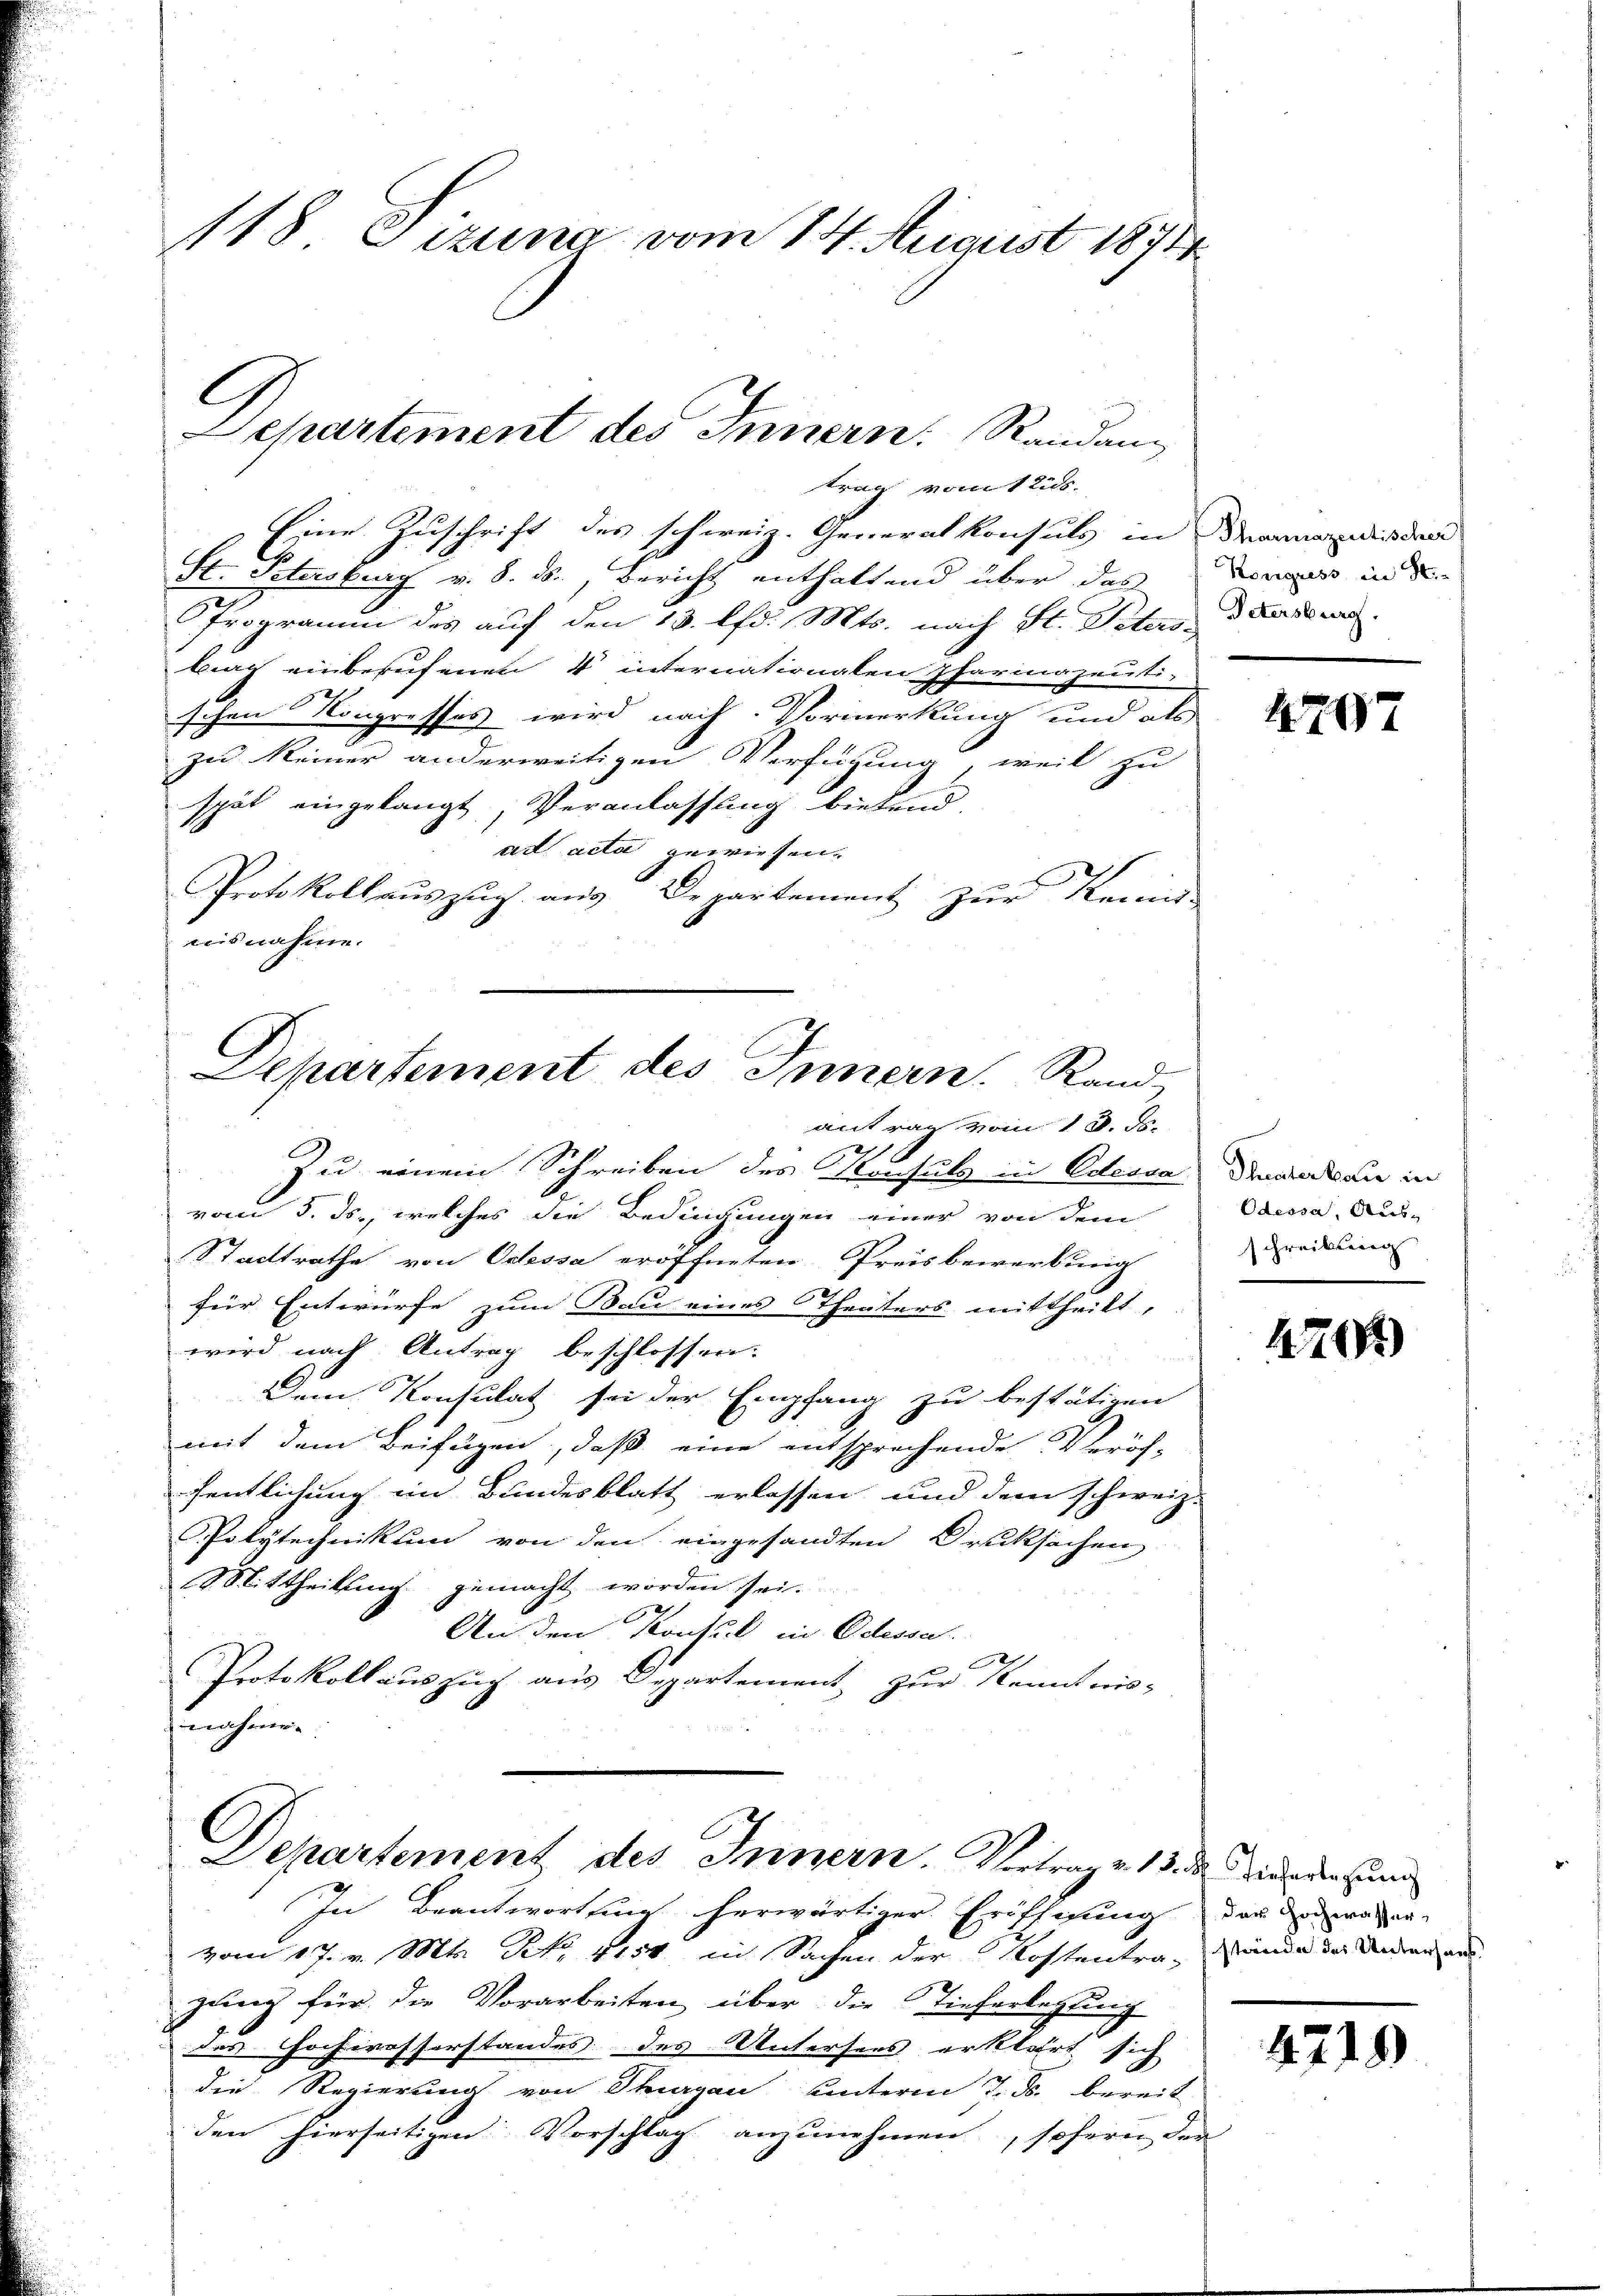
118 Sizung vom 14. August 1871

trag vom 12 ds.
Eine Zuschrift des schweiz. Generalkonsuls in Dranges den
St. Petersburg v. 8. ds., Bericht enthaltend über das Dower in de
Programm des auf den 13. lfd. Mts. nach St. Peters dieser
brag einberufenen 4 internationalen Pharinazeutischen Kongresses wird nach Vormerkung und als
zu keiner anderweitigen Verfügung, weil zu
spät eingelangt, Veranlassung bietend
ad acta gewiesen.
Protokollaŭszŭg aŭs Departement zŭr Kenn
aisnahme.
antrag vom 18. ds.
1
Zu einem Schreiben des Konsuls in Odessa
vom 5. ds., welches die Bedingungen einer von dem
Stadtrathe von Odessa eröffneten Preisbewerbung
für Entwürfe zum Bau eines Theaters mittheilt,
wird nach Antrag beschlossen:
d
Dem Konsulat sei der Empfang zu bestätigen
mit dem Beifügen, daß eine entsprechende Veröf-
fentlichung im Bundesblatt erlassen und dem schweiz.
Polytechnikum von den eingesandten Drucksachen,
8. Mittheilung gemacht worden sei.
An den Konsul in Odessa.
Protokollauszug aus Departement zur Kenntnis-
nahme.

C
Departement des Innern. Randan

Departement des Innern. Rand

C
Departement des Innern. Vortrag v. 18. die Wiederung

In Beantwortung herwärtiger Eröffnung der den waren
vom 17. v. Mts. No. 4154 in Sachen der Kostentra-Hände der Andrer and
gung für die Vorarbeiten über die Tieferlegung
des Hochwasserstandes des Untersees erklärt sich
die Regierung von Thurgau unterm 7. ds. bereit
den hierseitigen Vorschlag anzunehmen, sofern der

4207

Theaterbau in
Odessa, Ausschreibung

1470

4219